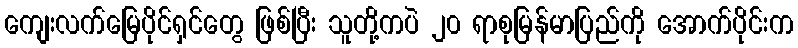
ကျေးလက်မြေပိုင်ရှင်တွေ ဖြစ်ပြီး သူတို့ကပဲ ၂၀ ရာစုမြန်မာပြည်ကို အောက်ပိုင်းက